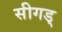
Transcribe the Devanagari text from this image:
सीगड्